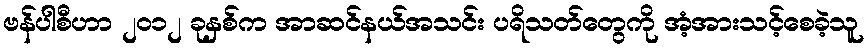
ဗန်ပါစီဟာ ၂၀၁၂ ခုနှစ်က အာဆင်နယ်အသင်း ပရိသတ်တွေကို အံ့အားသင့်စေခဲ့သူ